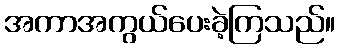
အကာအကွယ်ပေးခဲ့ကြသည်။